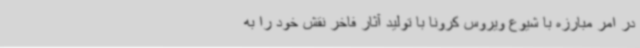
در امر مبارزه با شیوع ویروس کرونا با تولید آثار فاخر نقش خود را به